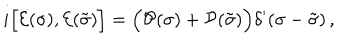
i \Bigl [ { \cal E } ( \sigma ) , { \cal E } ( \tilde { \sigma } ) \Bigr ] = \Bigl ( { \cal P } ( \sigma ) + { \cal P } ( \tilde { \sigma } ) \Bigr ) \delta ^ { \prime } ( \sigma - \tilde { \sigma } ) \, ,